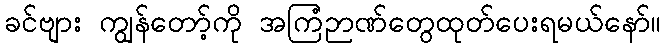
ခင်ဗျား ကျွန်တော့်ကို အကြံဉာဏ်တွေထုတ်ပေးရမယ်နော်။